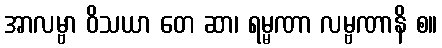
အာလမ္ဗာ ဝိသယာ တေ ဆာ၊ ရမ္မဏာ လမ္ဗဏာနိ စ။